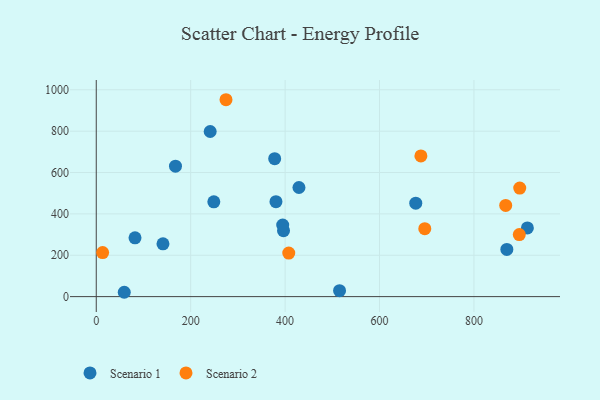
{"axis": {"x": "Investment", "y": "Exam Score"}, "legend": ["Scenario 1", "Scenario 2"], "data": [{"x": "396.6", "y": 318.7, "type": "Scenario 1"}, {"x": "59.3", "y": 21.0, "type": "Scenario 1"}, {"x": "394.9", "y": 346.4, "type": "Scenario 1"}, {"x": "82.1", "y": 284.3, "type": "Scenario 1"}, {"x": "676.7", "y": 451.9, "type": "Scenario 1"}, {"x": "515.3", "y": 28.9, "type": "Scenario 1"}, {"x": "429.3", "y": 527.6, "type": "Scenario 1"}, {"x": "167.8", "y": 630.6, "type": "Scenario 1"}, {"x": "141.3", "y": 255.2, "type": "Scenario 1"}, {"x": "377.9", "y": 667.0, "type": "Scenario 1"}, {"x": "869.6", "y": 228.1, "type": "Scenario 1"}, {"x": "249.0", "y": 458.4, "type": "Scenario 1"}, {"x": "913.1", "y": 332.3, "type": "Scenario 1"}, {"x": "380.6", "y": 459.3, "type": "Scenario 1"}, {"x": "241.3", "y": 798.4, "type": "Scenario 1"}, {"x": "896.0", "y": 299.8, "type": "Scenario 2"}, {"x": "896.9", "y": 524.7, "type": "Scenario 2"}, {"x": "867.2", "y": 440.7, "type": "Scenario 2"}, {"x": "274.8", "y": 952.0, "type": "Scenario 2"}, {"x": "13.5", "y": 213.1, "type": "Scenario 2"}, {"x": "695.8", "y": 328.7, "type": "Scenario 2"}, {"x": "407.7", "y": 210.5, "type": "Scenario 2"}, {"x": "687.6", "y": 680.1, "type": "Scenario 2"}]}